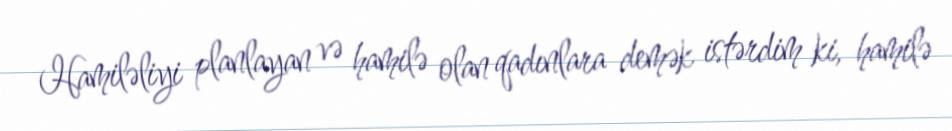
Hamiləliyi planlayan və hamilə olan qadınlara demək istərdim ki, hamilə